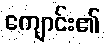
ကျောင်း၏